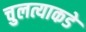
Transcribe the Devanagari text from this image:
चुलत्याकडे